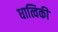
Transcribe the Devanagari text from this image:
धात्विकी